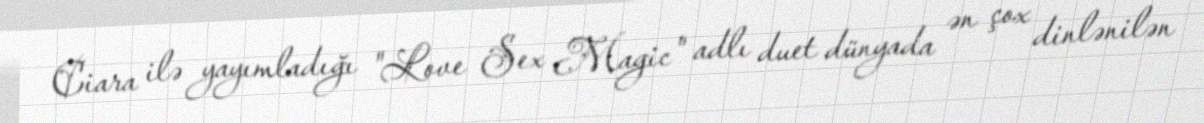
Ciara ilə yayımladığı "Love Sex Magic" adlı duet dünyada ən çox dinlənilən